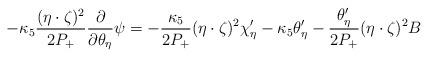
LaTeX: \begin{align*}-\kappa_5\frac{(\eta\cdot\zeta)^2}{2P_+}\frac{\partial}{\partial\theta_\eta} \psi = -\frac{\kappa_5}{2P_+} (\eta\cdot\zeta)^2\chi'_\eta - \kappa_5 \theta'_\eta - \frac{\theta'_\eta}{2P_+}(\eta\cdot\zeta)^2 B\end{align*}